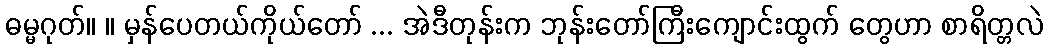
ဓမ္မဂုတ်။ ။ မှန်ပေတယ်ကိုယ်တော် ... အဲဒီတုန်းက ဘုန်းတော်ကြီးကျောင်းထွက် တွေဟာ စာရိတ္တလဲ